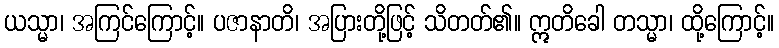
ယသ္မာ၊ အကြင်ကြောင့်။ ပဇာနာတိ၊ အပြားတို့ဖြင့် သိတတ်၏။ ဣတိခေါ တသ္မာ၊ ထို့ကြောင့်။